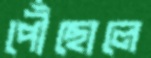
পৌঁছোলে